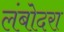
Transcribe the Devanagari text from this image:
लंबोदरा